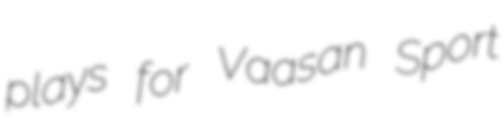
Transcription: plays for Vaasan Sport